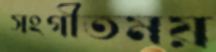
সংগীতময়